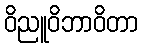
ဝိညူဝိဘာဝိတာ